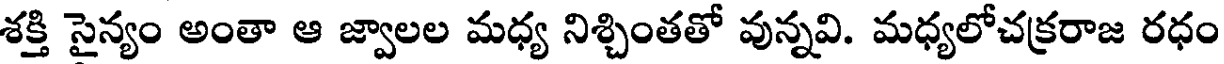
శక్తి సైన్యం అంతా ఆ జ్వాలల మధ్య నిశ్చింతతో వున్నవి. మధ్యలోచక్రరాజ రధం